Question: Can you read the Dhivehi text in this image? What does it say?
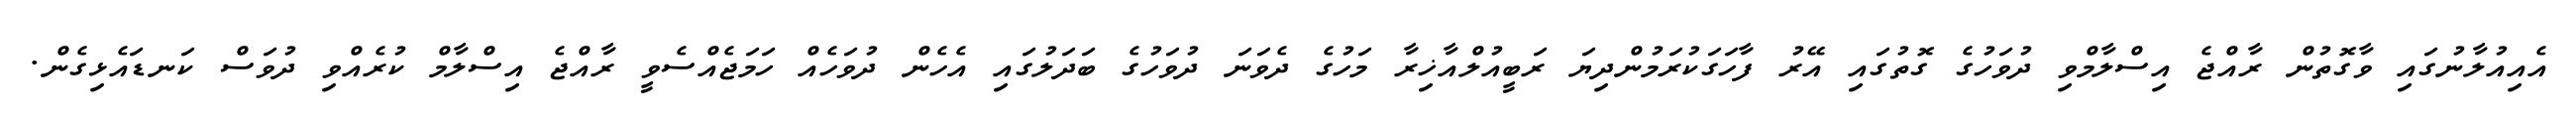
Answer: އެއިއުލާނުގައި ވާގޮތުން ރާއްޖެ އިސްލާމްވި ދުވަހުގެ ގޮތުގައި އޭރު ފާހަގަކުރަމުންދިޔަ ރަބީއުލްއާޚިރާ މަހުގެ ދެވަނަ ދުވަހުގެ ބަދަލުގައި އެހެން ދުވަހެއް ހަމަޖެއްސެވީ ރާއްޖެ އިސްލާމް ކުރެއްވި ދުވަސް ކަނޑައެޅިގެން.